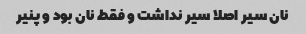
نان سیر اصلا سیر نداشت و فقط نان بود و پنیر